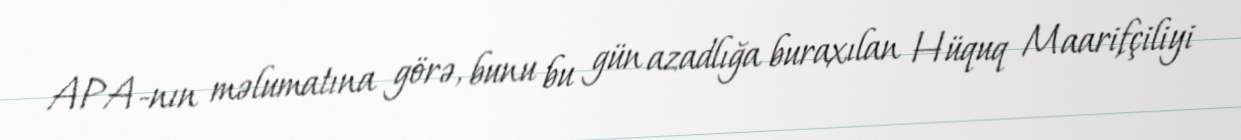
APA-nın məlumatına görə, bunu bu gün azadlığa buraxılan Hüquq Maarifçiliyi